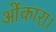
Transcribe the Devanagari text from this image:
ओंकारा।